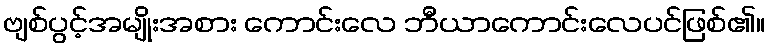
ဗျစ်ပွင့်အမျိုးအစား ကောင်းလေ ဘီယာကောင်းလေပင်ဖြစ်၏။